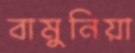
বামুনিয়া